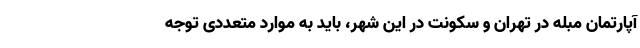
آپارتمان مبله در تهران و سکونت در این شهر، باید به موارد متعددی توجه